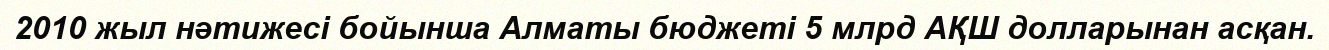
2010 жыл нәтижесі бойынша Алматы бюджеті 5 млрд АҚШ долларынан асқан.